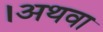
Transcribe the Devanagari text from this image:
।अथवा